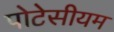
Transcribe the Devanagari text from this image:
पोटेसीयम